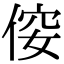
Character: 𠊢